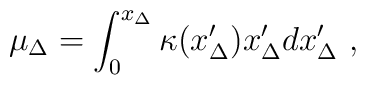
\mu_{\Delta} = \int_0^{x_{\Delta}} \kappa(x'_{\Delta})  x'_{\Delta} d x'_{\Delta}\ ,